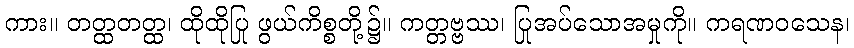
ကား။ တတ္ထတတ္ထ၊ ထိုထိုပြု ဖွယ်ကိစ္စတို့၌။ ကတ္တဗ္ဗဿ၊ ပြုအပ်သောအမှုကို။ ကရဏဝသေန၊